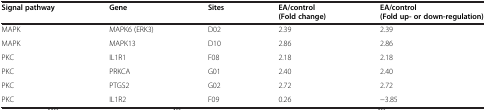
<table><thead><tr><td><b>Signal pathway</b></td><td><b>Gene</b></td><td><b>Sites</b></td><td><b>EA/control (Fold change)</b></td><td><b>EA/control (Fold up- or down-regulation)</b></td></tr></thead><tbody><tr><td>MAPK</td><td>MAPK6 (ERK3)</td><td>D02</td><td>2.39</td><td>2.39</td></tr><tr><td>MAPK</td><td>MAPK13</td><td>D10</td><td>2.86</td><td>2.86</td></tr><tr><td>PKC</td><td>IL1R1</td><td>F08</td><td>2.18</td><td>2.18</td></tr><tr><td>PKC</td><td>PRKCA</td><td>G01</td><td>2.40</td><td>2.40</td></tr><tr><td>PKC</td><td>PTGS2</td><td>G02</td><td>2.72</td><td>2.72</td></tr><tr><td>PKC</td><td>IL1R2</td><td>F09</td><td>0.26</td><td>-3.85</td></tr></tbody></table>